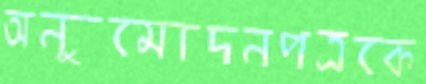
অনুমোদনপত্রকে